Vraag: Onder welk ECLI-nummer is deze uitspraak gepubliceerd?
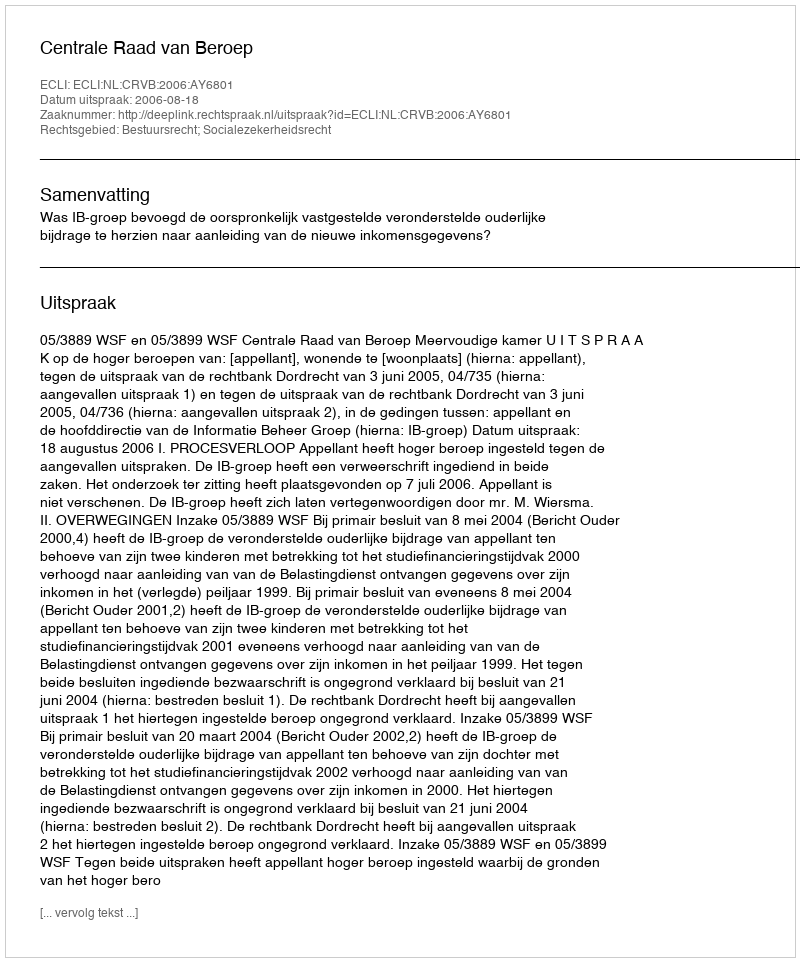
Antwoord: ECLI:NL:CRVB:2006:AY6801